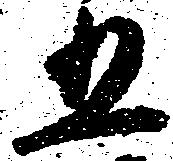
五